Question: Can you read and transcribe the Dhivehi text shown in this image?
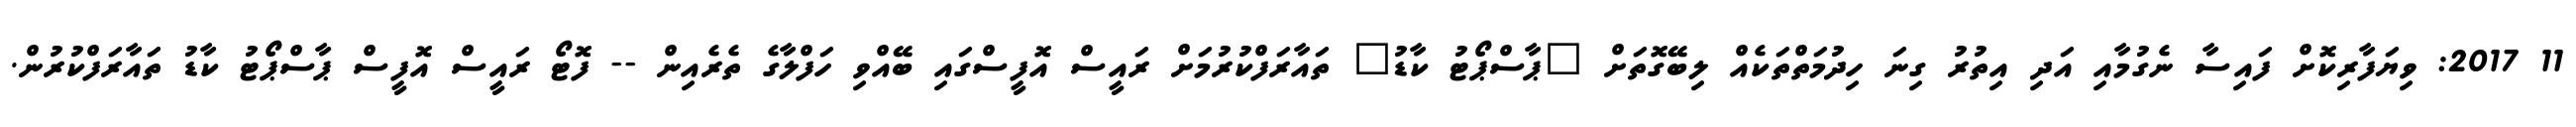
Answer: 11 2017: ވިޔަފާރިކޮށް ފައިސާ ނެގުމާއި އަދި އިތުރު ގިނަ ހިދުމަތްތަކެއް ލިބޭގޮތަށް "ޕާސްޕޯޓު ކާޑު" ތައާރަފްކުރުމަށް ރައީސް އޮފީސްގައި ބޭއްވި ހަފްލާގެ ތެރެއިން -- ފޮޓޯ ރައީސް އޮފީސް ޕާސްޕޯޓު ކާޑު ތައާރަފްކުރުން.